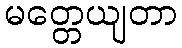
မတ္တေယျတာ